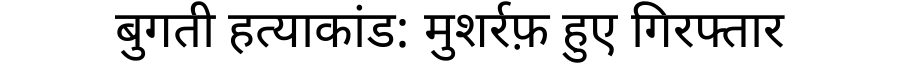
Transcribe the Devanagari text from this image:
बुगती हत्याकांड: मुशर्रफ़ हुए गिरफ्तार